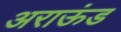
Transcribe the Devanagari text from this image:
अराऊंड